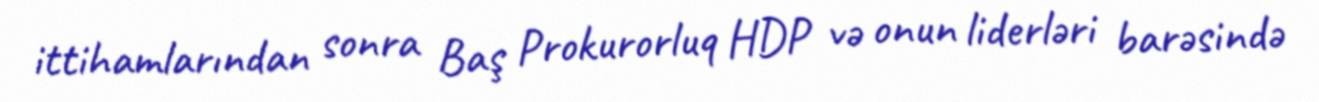
ittihamlarından sonra Baş Prokurorluq HDP və onun liderləri barəsində